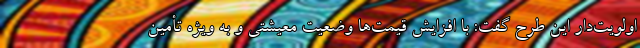
اولویت‌دار این طرح گفت: با افزایش قیمت‌ها وضعیت معیشتی و به ویژه تأمین